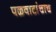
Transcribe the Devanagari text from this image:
पळवाटांचाच